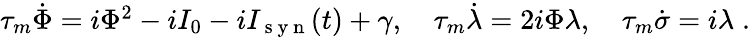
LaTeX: \begin{array}{r}{\tau_{m}\dot{\Phi}=i\Phi^{2}-iI_{0}-iI_{\mathrm{~s~y~n~}}(t)+\gamma,\quad\tau_{m}\dot{\lambda}=2i\Phi\lambda,\quad\tau_{m}\dot{\sigma}=i\lambda\; .}\end{array}